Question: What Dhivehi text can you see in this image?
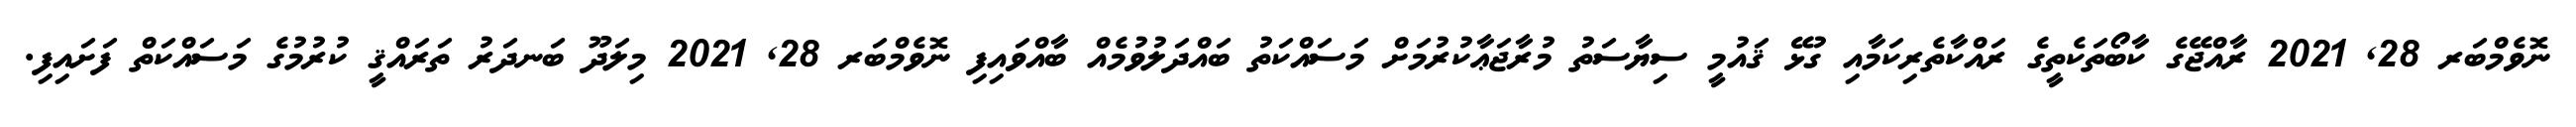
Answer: ނޮވެމްބަރ 28, 2021 ރާއްޖޭގެ ކާބޯތަކެތީގެ ރައްކާތެރިކަމާއި ގުޅޭ ޤައުމީ ސިޔާސަތު މުރާޖަޢާކުރުމަށް މަސައްކަތު ބައްދަލުވުމެއް ބާއްވައިފި ނޮވެމްބަރ 28, 2021 މިލަދޫ ބަނދަރު ތަރައްޤީ ކުރުމުގެ މަސައްކަތް ފަށައިފި.